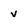
Character: v